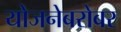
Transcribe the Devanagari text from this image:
योजनेबरोबर